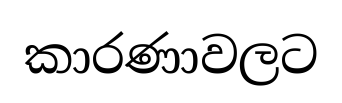
කාරණාවලට